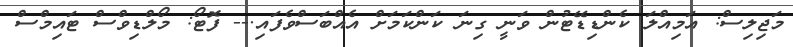
މަޖިލިސް: އަމިއްލަ ކެންޑިޑޭޓުން ވަނީ ގިނަ ކަންކަމަށް އެއްބަސްވެފައި.-- ފޮޓޯ: މޯލްޑިވްސް ޓައިމްސް